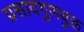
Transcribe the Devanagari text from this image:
प्रसादगुणयुक्त